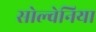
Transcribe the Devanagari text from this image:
सोल्वेनिया